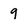
Character: 9